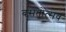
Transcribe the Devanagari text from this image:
बसंतोत्सव